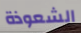
الشعوذة